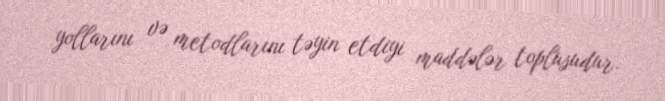
yollarını və metodlarını təyin etdiyi maddələr toplusudur.